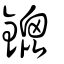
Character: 鎞